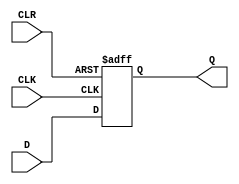
module d_flip_flop(
    input D,
    input CLK,
    input CLR,
    output reg Q
);

always @(posedge CLK or posedge CLR) begin
    if(CLR) begin
        Q <= 1'b0; // Reset to known state
    end else begin
        Q <= D; // Store value of D on rising edge of CLK
    end
end

endmodule